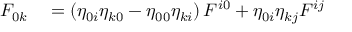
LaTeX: \begin{array} { r l } { F _ { 0 k } } & { { } = \left( \eta _ { 0 i } \eta _ { k 0 } - \eta _ { 0 0 } \eta _ { k i } \right) F ^ { i 0 } + \eta _ { 0 i } \eta _ { k j } F ^ { i j } } \end{array}